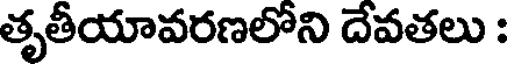
తృతీయావరణలోని దేవతలు :